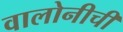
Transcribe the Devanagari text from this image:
वालोनीची